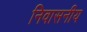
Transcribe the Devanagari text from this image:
निवासनीय